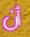
أن